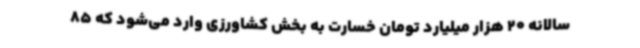
سالانه 20 هزار میلیارد تومان خسارت به بخش کشاورزی وارد می‌شود که 85